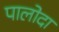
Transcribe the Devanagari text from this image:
पालोदा